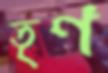
তৃণ